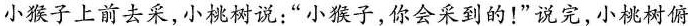
小猴子上前去采，小桃树说：”小猴子，你会采到的！”说完，小桃树俯